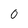
Character: 0